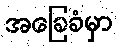
အခြေခံမှာ